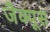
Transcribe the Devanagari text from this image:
जैक्यूस